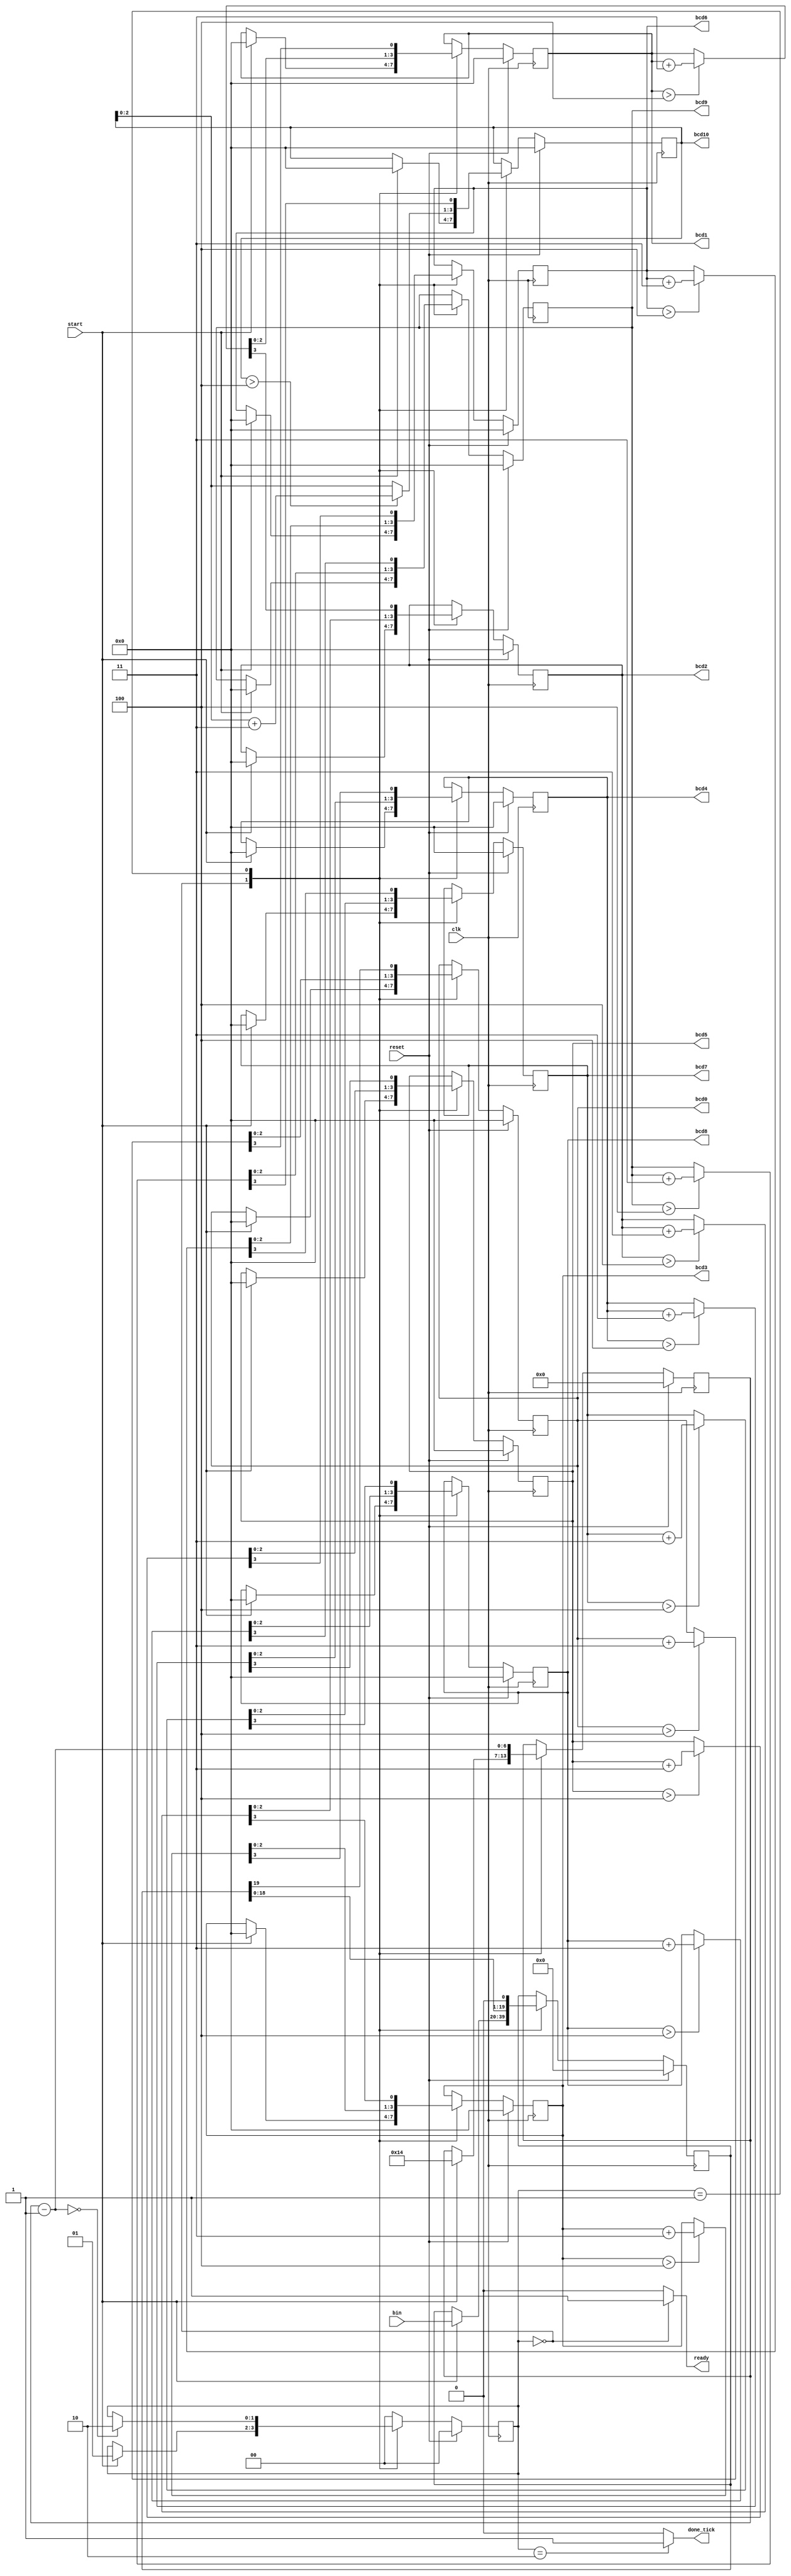
`timescale 1ns / 100ps

module BCD(
    input wire [19:0] bin,
    input wire clk, reset, start,
    output reg ready, done_tick,
    output wire [3:0] bcd10, bcd9, bcd8, bcd7, bcd6, bcd5, bcd4, bcd3, bcd2, bcd1, bcd0
    );
    
//signal declaration  
reg [19:0] p2s_reg, p2s_next; //store value of bin
reg [1:0] state_reg, state_next;
reg [3:0] bcd10_reg, bcd9_reg, bcd8_reg, bcd7_reg, bcd6_reg, bcd5_reg, bcd4_reg, bcd3_reg, bcd2_reg, bcd1_reg, bcd0_reg;
wire [3:0] bcd10_tmp, bcd9_tmp, bcd8_tmp, bcd7_tmp, bcd6_tmp, bcd5_tmp, bcd4_tmp, bcd3_tmp, bcd2_tmp, bcd1_tmp, bcd0_tmp;
reg [3:0] bcd10_next, bcd9_next, bcd8_next, bcd7_next, bcd6_next, bcd5_next, bcd4_next, bcd3_next, bcd2_next, bcd1_next, bcd0_next;
reg [6:0] n_reg, n_next; //number of shifts

//state declaration 
 localparam [1:0] idle = 2'b00,
                  op = 2'b01,
                  done = 2'b10;
                  
/////////////////
//==FSMD body==//
/////////////////
//register body
always @(posedge clk)
  begin
    if (reset)
      begin
        p2s_reg <= 0;
        state_reg <= idle;
        n_reg <= 0;
        bcd10_reg <= 0;
        bcd9_reg <= 0;
        bcd8_reg <= 0;
        bcd7_reg <= 0;
        bcd6_reg <= 0;
        bcd5_reg <= 0;
        bcd4_reg <= 0;
        bcd3_reg <= 0;
        bcd2_reg <= 0;
        bcd1_reg <= 0;
        bcd0_reg <= 0;
      end
    else
      begin
         p2s_reg <= p2s_next;
         state_reg <= state_next;
         n_reg <= n_next;
         bcd10_reg <= bcd10_next;
         bcd9_reg <= bcd9_next;
         bcd8_reg <= bcd8_next;
         bcd7_reg <= bcd7_next;
         bcd6_reg <= bcd6_next;
         bcd5_reg <= bcd5_next;
         bcd4_reg <= bcd4_next;
         bcd3_reg <= bcd3_next;
         bcd2_reg <= bcd2_next;
         bcd1_reg <= bcd1_next;
         bcd0_reg <= bcd0_next;
       end
   end
        
//next-state logic
always @*
  begin
    state_next = state_reg;
    p2s_next = p2s_reg;
    n_next = n_reg;
    bcd10_next = bcd10_reg;
    bcd9_next = bcd9_reg;
    bcd8_next = bcd8_reg;
    bcd7_next = bcd7_reg;
    bcd6_next = bcd6_reg;
    bcd5_next = bcd5_reg;
    bcd4_next = bcd4_reg;
    bcd3_next = bcd3_reg;
    bcd2_next = bcd2_reg;
    bcd1_next = bcd1_reg;
    bcd0_next = bcd0_reg;
    ready = 1'b0;
    done_tick = 1'b0;
      case (state_reg)
        idle: begin ready = 1'b1;
               if (start == 1'b1) begin
               state_next = op;
               n_next = 6'b010100; //20 shifts
               bcd10_next = 0;
               bcd9_next = 0;
               bcd8_next = 0;
               bcd7_next = 0;
               bcd6_next = 0;
               bcd5_next = 0;
               bcd4_next = 0;
               bcd3_next = 0;
               bcd2_next = 0;
               bcd1_next = 0;
               bcd0_next = 0;
               p2s_next = bin; end end
        op: begin p2s_next = p2s_reg << 1;
            // shift 4 BCD digits
            // {bcd3_next, bcd2_next, bcd1_next, bcd0_next} =
            // {bcd3_tmp [2:0], bcd2_tmp, bcd1_tmp, bcd0_tmp, p2s_reg[12:0]
            bcd0_next = {bcd0_tmp [2:0], p2s_reg [19]};
            bcd1_next = {bcd1_tmp [2:0], bcd0_tmp [3]};
            bcd2_next = {bcd2_tmp [2:0], bcd1_tmp [3]};
            bcd3_next = {bcd3_tmp [2:0], bcd2_tmp [3]};
            bcd4_next = {bcd4_tmp [2:0], bcd3_tmp [3]};
            bcd5_next = {bcd5_tmp [2:0], bcd4_tmp [3]};
            bcd6_next = {bcd6_tmp [2:0], bcd5_tmp [3]};
            bcd7_next = {bcd7_tmp [2:0], bcd6_tmp [3]};
            bcd8_next = {bcd8_tmp [2:0], bcd7_tmp [3]};
            bcd9_next = {bcd9_tmp [2:0], bcd8_tmp [3]};
            bcd10_next = {bcd10_tmp [2:0], bcd9_tmp [3]};
            n_next = n_reg - 1;
              if (n_next == 0)
                state_next = done;
            end
        done: begin done_tick = 1'b1;
              state_next = idle; end
        default: state_next = idle;
      endcase
  end
 
//data path function
assign bcd0_tmp = (bcd0_reg > 4) ? bcd0_reg + 3 : bcd0_reg;
assign bcd1_tmp = (bcd1_reg > 4) ? bcd1_reg + 3 : bcd1_reg;
assign bcd2_tmp = (bcd2_reg > 4) ? bcd2_reg + 3 : bcd2_reg;
assign bcd3_tmp = (bcd3_reg > 4) ? bcd3_reg + 3 : bcd3_reg;
assign bcd4_tmp = (bcd4_reg > 4) ? bcd4_reg + 3 : bcd4_reg;
assign bcd5_tmp = (bcd5_reg > 4) ? bcd5_reg + 3 : bcd5_reg;
assign bcd6_tmp = (bcd6_reg > 4) ? bcd6_reg + 3 : bcd6_reg;
assign bcd7_tmp = (bcd7_reg > 4) ? bcd7_reg + 3 : bcd7_reg;
assign bcd8_tmp = (bcd8_reg > 4) ? bcd8_reg + 3 : bcd8_reg;
assign bcd9_tmp = (bcd9_reg > 4) ? bcd9_reg + 3 : bcd9_reg;
assign bcd10_tmp = (bcd10_reg > 4) ? bcd10_reg + 3 : bcd10_reg;

//output
assign bcd10 = bcd10_reg;
assign bcd9 = bcd9_reg;
assign bcd8 = bcd8_reg;
assign bcd7 = bcd7_reg;
assign bcd6 = bcd6_reg;
assign bcd5 = bcd5_reg;
assign bcd4 = bcd4_reg;
assign bcd3 = bcd3_reg;
assign bcd2 = bcd2_reg;
assign bcd1 = bcd1_reg;
assign bcd0 = bcd0_reg;
  
endmodule